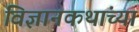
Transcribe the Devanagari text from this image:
विज्ञानकथांच्या